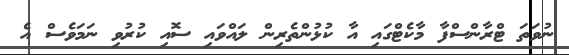
ނުވަތަ ޓްރާންސްފާ މާކެޓްގައި އާ ކުޅުންތެރިން ލައްވައި ސޮއި ކުރުވި ނަމަވެސް އެ